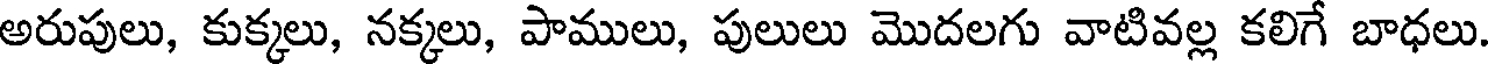
అరుపులు, కుక్కలు, నక్కలు, పాములు, పులులు మొదలగు వాటివల్ల కలిగే బాధలు